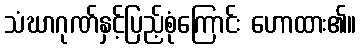
သံဃာဂုဏ်နှင့်ပြည့်စုံကြောင်း ဟောထား၏။